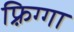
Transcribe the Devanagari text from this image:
फ़्रिग्गा